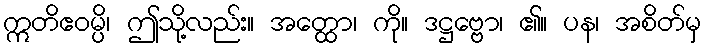
ဣတိဧဝမ္ပိ၊ ဤသို့လည်း။ အတ္ထော၊ ကို။ ဒဋ္ဌဗ္ဗော၊ ၏။ ပန၊ အစိတ်မှ